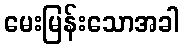
မေးမြန်းသောအခါ